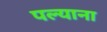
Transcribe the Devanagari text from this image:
पल्याना